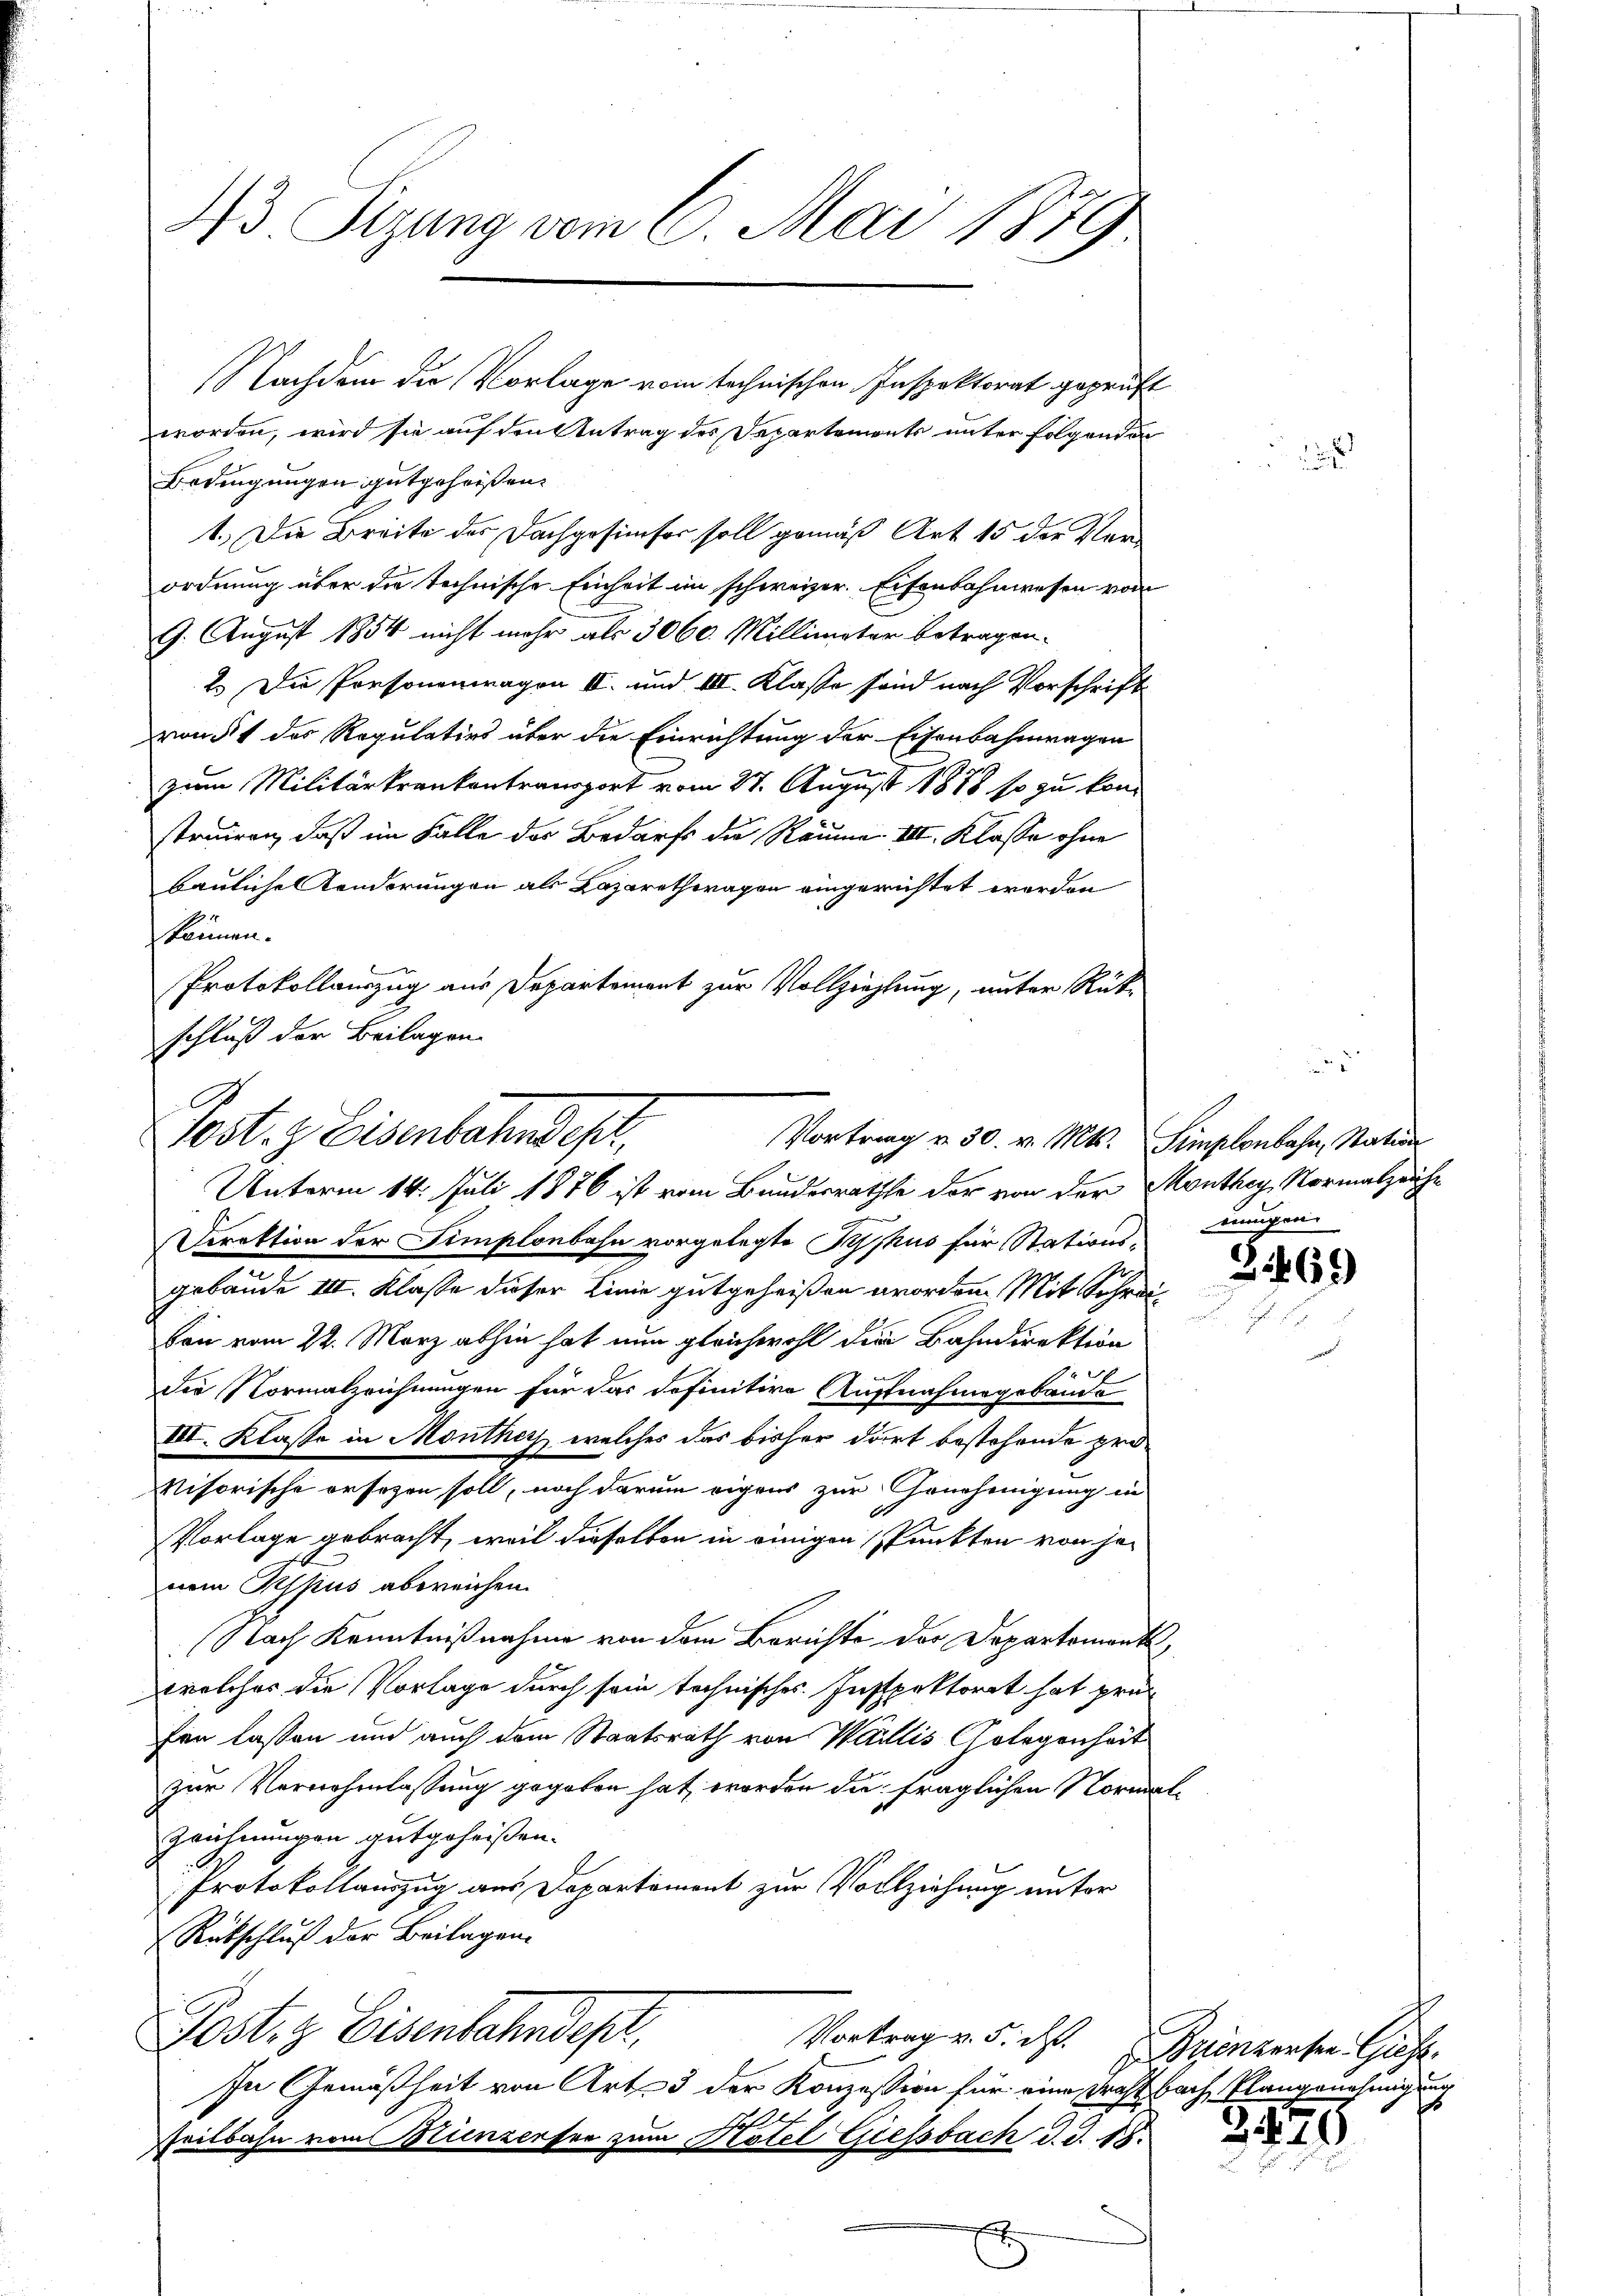
43 Sizung vom 6. Mai 1879

worden, wird sie auf den Antrag des Departemonts unter folgenden
Bedingungen gutgeheißen.
1.) Die Breite des Dachgesinfer soll gemäß Art 15 der Verordnung über die technische Einheit im schweizer. Eisenbahnwesen von
9. August 1854 nicht mehr als 3060. Millimeter betragen.
2.) Die Personenwagen II. und III. Klasse sind nach Vorschrift
randt des Regulativs über die Einrichtung der Eisenbahnwagen
zum Militärkrankontransport vom 27. August 1878 so zu konstruiren, daß im Falle des Bedarf die Räume III. Klasse ohne
bauliche Kinderungen als Lazaretheragen eingerichtet werden
können.
Protokollauszug aus Departement zur Vollziehung, unter Rückschluß der Beilagen.

Post. Eisenbahndep
Vortrag v. 30. v. Mts. Simplonbahn, Station
Unterm 14. Juli 1876 ist vom Bundesrathe der von der Monthey, Normalzeiche

Direktion der Simplonbahn vorgelegte Prophus für Stationsgebäude III. Klasse dieser Linie gutgeheißen worden. Mit Schrei¬
u
ban vom 22. März abhin hat nun gleichwohl die Bahndirektion
Der Normalzeichnungen für das definitive Auffnahmegebande
III. Klasse in Montherz, welches das bisher dort bestehende provisorische ersezen soll, noch darum eigens zur Genehmigung in
Vorlage gebracht, weil dieselben in einigen Punkten von jenem Tessius abweichen.
Nach Kenntnißnahme von dem Berichte der Departement,
welcher die Vorlage durch sein technisches Inspektorat hat prüfen lassen und auch dem Staatsrath von Wallis Gelegenheit
zur Vernehmlassung gegeben hat worden die fraglichen Normal¬
Zeichnungen gutgeheißen.
Protokollauszug aus Departemont zur Vollziehung unter
Rutschluß der Beilagen.
Post z. Eisenbahndept,
Vortrag v. 5. d. Brennersen Giess.
In Gemäßheit von Art. 3 der Konzession für eine Draht bach, Plangenehmigung
Peitbahn vom Mienzensee zum Hotel Giessbach d. d. 15.

Nachdem die Vorlage vom technischen Inspektorat geprüft

ungen

i

21469

2729

3

s